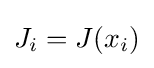
J_{i}=J(x_{i})